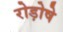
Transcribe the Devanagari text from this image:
रोड़ोषे